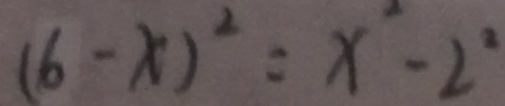
( 6 - x ) ^ { 2 } = x ^ { 2 } - 2 ^ { 2 }